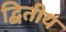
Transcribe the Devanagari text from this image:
द्बितीय